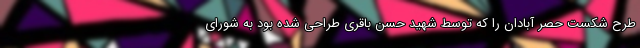
طرح شکست حصر آبادان را که توسط شهید حسن باقری طراحی شده بود به شورای